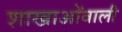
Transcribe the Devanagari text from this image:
शाखाओंवाली